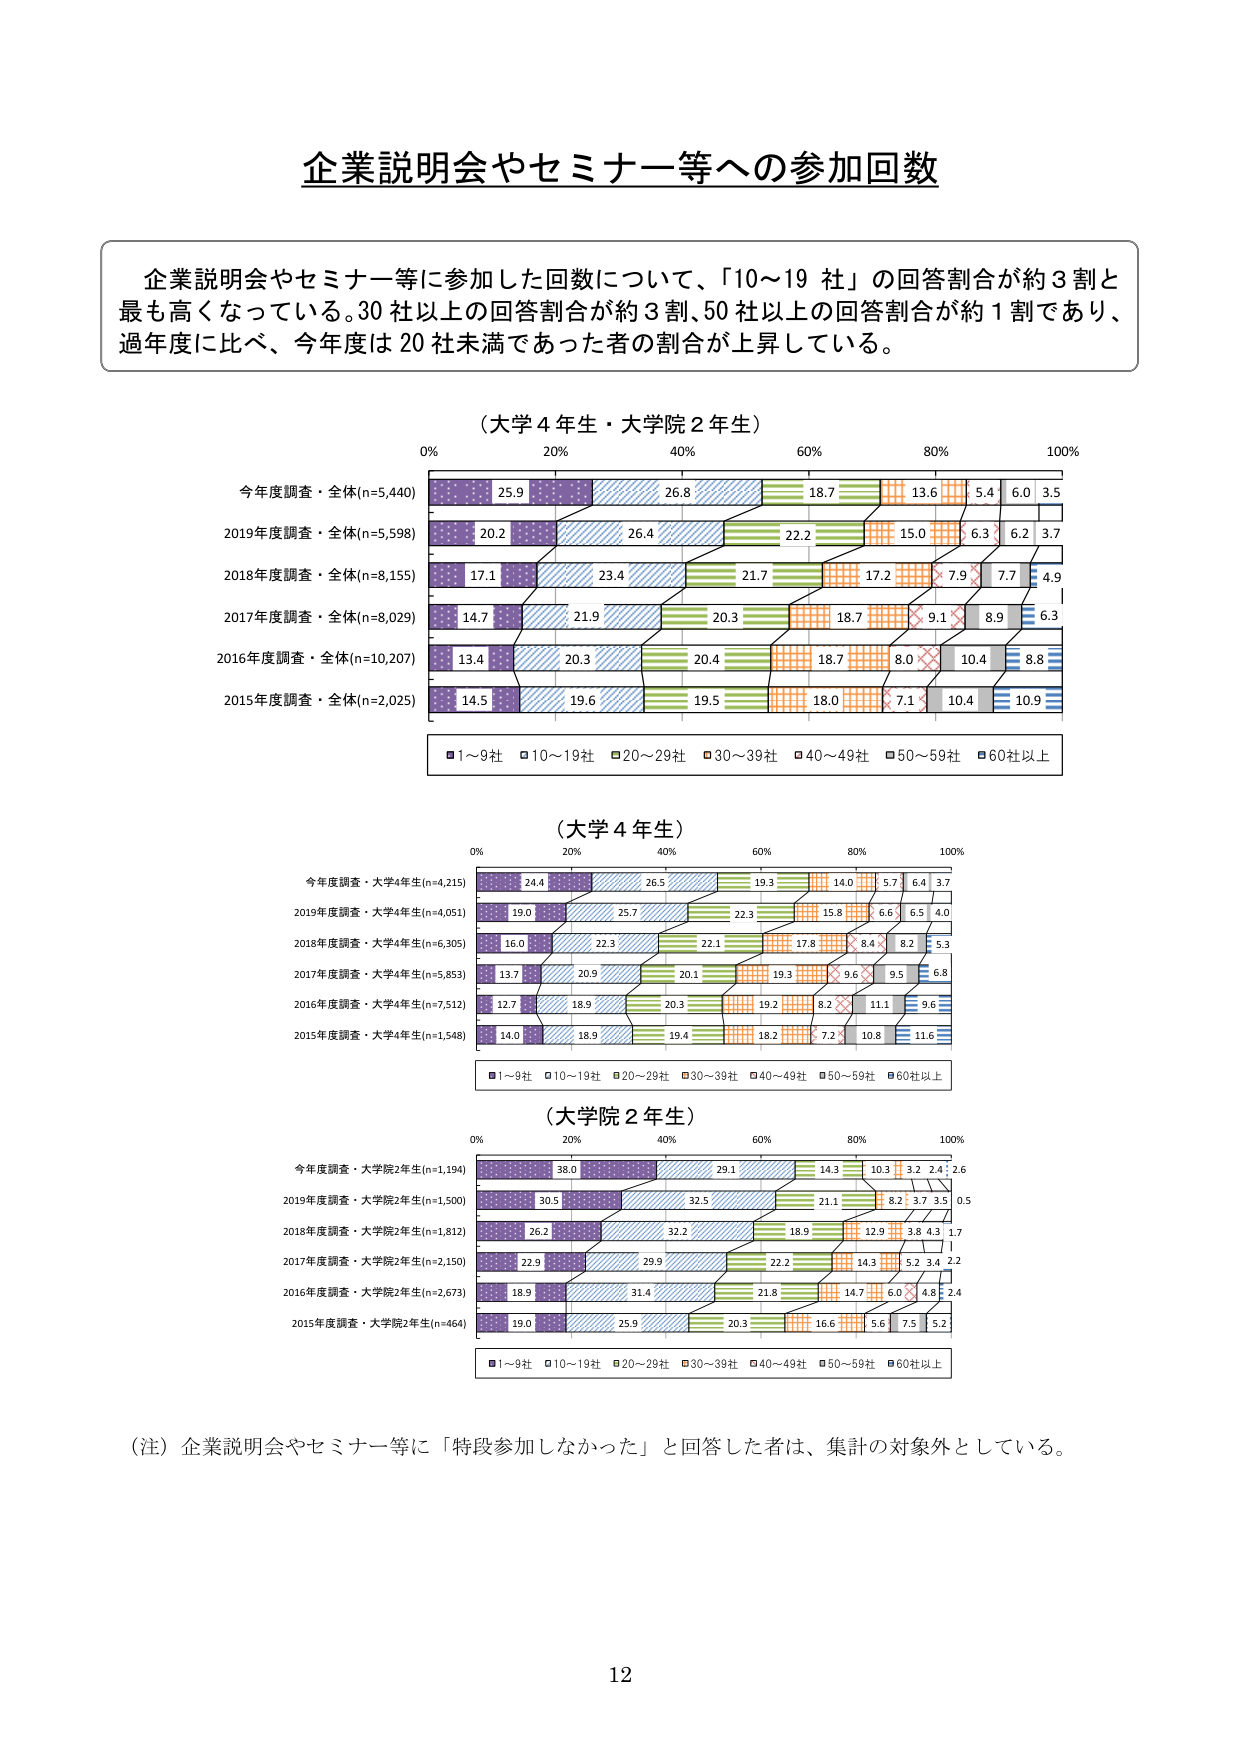
企業説明会やセミナー等への参加回数

企業説明会やセミナー等に参加した回数について、「10～19 社」の回答割合が約 3 割と最も高くなっている。30 社以上の回答割合が約 3 割、50 社以上の回答割合が約 1 割であり、過年度に比べ、今年度は 20 社未満であった者の割合が上昇している。

（大学 4 年生・大学院 2 年生）
0% 20% 40% 60% 80% 100%
今年度調査・全体(n=5,440) 25.9 26.8 18.7 13.6 5.4 6.0 3.5
2019年度調査・全体(n=5,598) 20.2 26.4 22.2 15.0 6.3 6.2 3.7
2018年度調査・全体(n=8,155) 17.1 23.4 21.7 17.2 7.9 7.7 4.9
2017年度調査・全体(n=8,029) 14.7 21.9 20.3 18.7 9.1 8.9 6.3
2016年度調査・全体(n=10,207) 13.4 20.3 20.4 18.7 8.0 10.4 8.8
2015年度調査・全体(n=2,025) 14.5 19.6 19.5 18.0 7.1 10.4 10.9
■1～9社 □10～19社 ■20～29社 ■30～39社 ■40～49社 ■50～59社 ■60社以上

（大学 4 年生）
0% 20% 40% 60% 80% 100%
今年度調査・大学4年生(n=4,215) 24.4 26.5 19.3 14.0 5.7 6.4 3.7
2019年度調査・大学4年生(n=4,051) 19.0 25.7 22.3 15.8 6.6 6.5 4.0
2018年度調査・大学4年生(n=6,305) 16.0 22.3 22.1 17.8 8.4 8.2 5.3
2017年度調査・大学4年生(n=5,853) 13.7 20.9 20.1 19.3 9.6 9.5 6.8
2016年度調査・大学4年生(n=7,512) 12.7 18.9 20.3 19.2 8.2 11.1 9.6
2015年度調査・大学4年生(n=1,548) 14.0 18.9 19.4 18.2 7.2 10.8 11.6
■1～9社 □10～19社 ■20～29社 ■30～39社 ■40～49社 ■50～59社 ■60社以上

（大学院 2 年生）
0% 20% 40% 60% 80% 100%
今年度調査・大学院2年生(n=1,194) 38.0 29.1 14.3 10.3 3.2 2.4 2.6
2019年度調査・大学院2年生(n=1,500) 30.5 32.5 21.1 8.2 3.7 3.5 0.5
2018年度調査・大学院2年生(n=1,812) 26.2 32.2 18.9 12.9 3.8 4.3 1.7
2017年度調査・大学院2年生(n=2,150) 22.9 29.9 22.2 14.3 5.2 3.4 2.2
2016年度調査・大学院2年生(n=2,673) 18.9 31.4 21.8 14.7 6.0 4.8 2.4
2015年度調査・大学院2年生(n=464) 19.0 25.9 20.3 16.6 5.6 7.5 5.2
■1～9社 □10～19社 ■20～29社 ■30～39社 ■40～49社 ■50～59社 ■60社以上

（注）企業説明会やセミナー等に「特段参加しなかった」と回答した者は、集計の対象外としている。

12